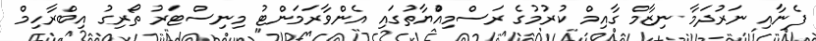
ފެނާއި ނަރުދަމާ ނިޒާމް ގާއިމް ކުރުމުގެ ރަސްމިއްުޔާތުގައި އެންވާރަމަންޓު މިނިސްޓަރު ތޯރިގު އިބްރާހިމް